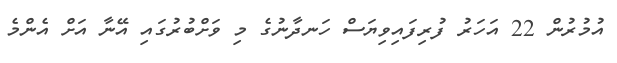
އުމުރުން 22 އަހަރު ފުރިފައިވިޔަސް ހަނދާނުގެ މި ވަށްބުރުގައި އޭނާ އަށް އެންމެ